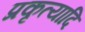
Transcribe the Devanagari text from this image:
प्रकृत्यादि